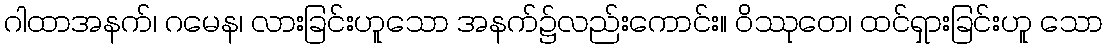
ဂါထာအနက်၊ ဂမေန၊ လားခြင်းဟူသော အနက်၌လည်းကောင်း။ ဝိဿုတေ၊ ထင်ရှားခြင်းဟူ သော